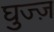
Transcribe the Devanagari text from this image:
घुज्ज़